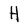
Character: H